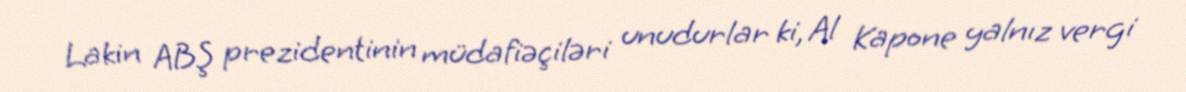
Lakin ABŞ prezidentinin müdafiəçiləri unudurlar ki, Al Kapone yalnız vergi